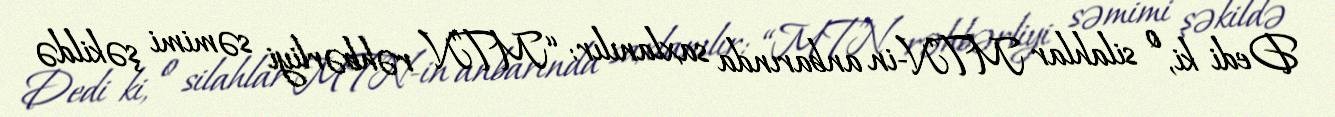
Dedi ki, o silahlar MTN-in anbarında saxlanılır: “MTN rəhbərliyi səmimi şəkildə